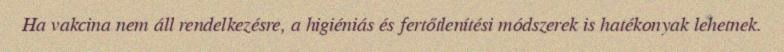
Ha vakcina nem áll rendelkezésre, a higiéniás és fertőtlenítési módszerek is hatékonyak lehetnek.